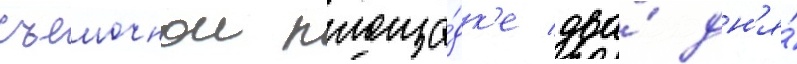
съемочнои площа́дк'е два́ дн'я́